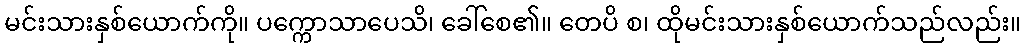
မင်းသားနှစ်ယောက်ကို။ ပက္ကောသာပေသိ၊ ခေါ်စေ၏။ တေပိ စ၊ ထိုမင်းသားနှစ်ယောက်သည်လည်း။